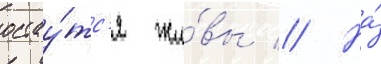
остау́тс'я жи́вы // На́